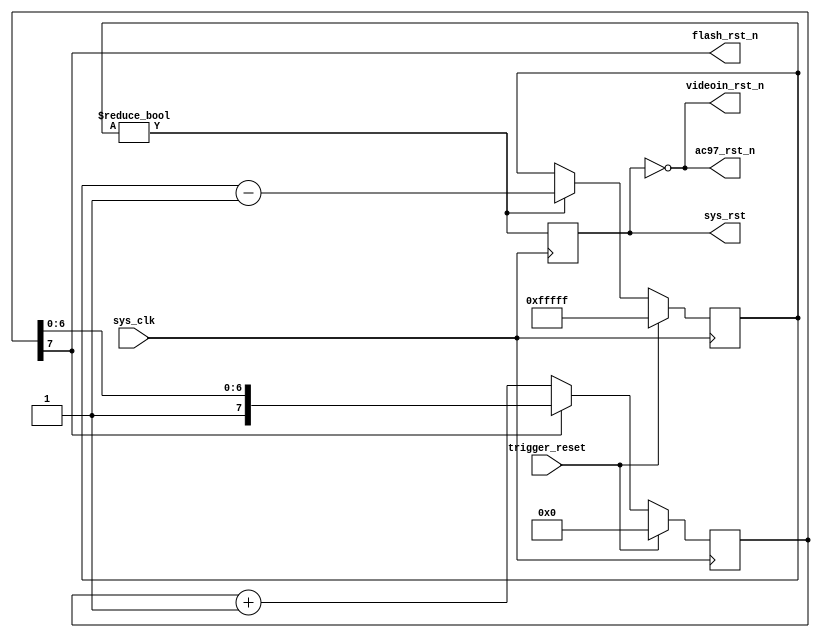
/*
 * Milkymist-NG SoC
 * Copyright (C) 2007, 2008, 2009, 2010, 2011 Sebastien Bourdeauducq
 *
 * This program is free software: you can redistribute it and/or modify
 * it under the terms of the GNU General Public License as published by
 * the Free Software Foundation, version 3 of the License.
 *
 * This program is distributed in the hope that it will be useful,
 * but WITHOUT ANY WARRANTY; without even the implied warranty of
 * MERCHANTABILITY or FITNESS FOR A PARTICULAR PURPOSE.  See the
 * GNU General Public License for more details.
 *
 * You should have received a copy of the GNU General Public License
 * along with this program.  If not, see <http://www.gnu.org/licenses/>.
 */

module m1reset(
	input sys_clk,
	input trigger_reset,
	
	output sys_rst,
	output ac97_rst_n,
	output videoin_rst_n,
	output flash_rst_n
);

reg [19:0] rst_debounce = 20'h02;
reg sys_rst_reg = 1'b1;
assign sys_rst = sys_rst_reg;

always @(posedge sys_clk) begin
	if(trigger_reset)
		rst_debounce <= 20'hFFFFF;
	else if(rst_debounce != 20'd0)
		rst_debounce <= rst_debounce - 20'd1;
	sys_rst_reg <= rst_debounce != 20'd0;
end

assign ac97_rst_n = ~sys_rst;
assign videoin_rst_n = ~sys_rst;

/*
 * We must release the Flash reset before the system reset
 * because the Flash needs some time to come out of reset
 * and the CPU begins fetching instructions from it
 * as soon as the system reset is released.
 * From datasheet, minimum reset pulse width is 100ns
 * and reset-to-read time is 150ns.
 */

reg [7:0] flash_rstcounter;
initial flash_rstcounter <= 8'd0;
always @(posedge sys_clk) begin
	if(trigger_reset)
		flash_rstcounter <= 8'd0;
	else if(~flash_rstcounter[7])
		flash_rstcounter <= flash_rstcounter + 8'd1;
end

assign flash_rst_n = flash_rstcounter[7];

endmodule